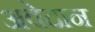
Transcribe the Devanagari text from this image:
अवेदान